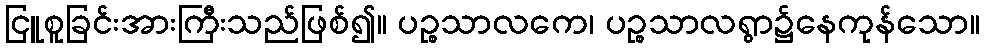
ငြူစူခြင်းအားကြီးသည်ဖြစ်၍။ ပဉ္စသာလကေ၊ ပဉ္စသာလရွာ၌နေကုန်သော။